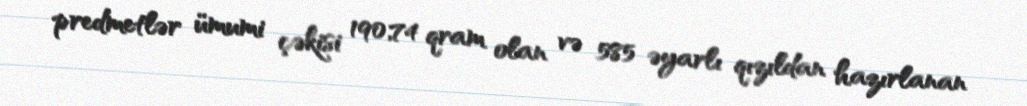
predmetlər ümumi çəkisi 190,74 qram olan və 585 əyarlı qızıldan hazırlanan